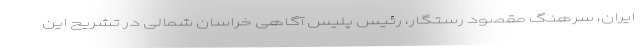
ایران، سرهنگ مقصود رستگار، رئیس پلیس آگاهی خراسان شمالی در تشریح این